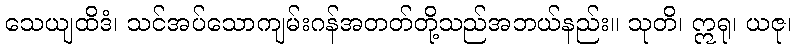
သေယျထိဒံ၊ သင်အပ်သောကျမ်းဂန်အတတ်တို့သည်အဘယ်နည်း။ သုတိ၊ ဣရု၊ ယဇု၊